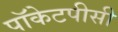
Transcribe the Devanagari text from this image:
पॉकेटपीसी